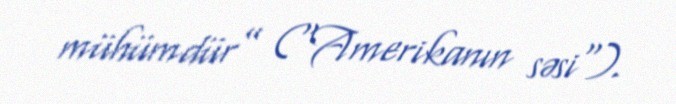
mühümdür” ("Amerikanın səsi").